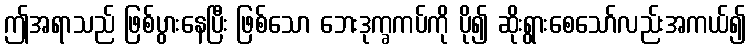
ဤအရာသည် ဖြစ်ပွားနေပြီး ဖြစ်သော ဘေးဒုက္ခကပ်ကို ပို၍ ဆိုးရွားစေသော်လည်းအကယ်၍